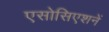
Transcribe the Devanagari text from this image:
एसोसिएशनें